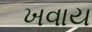
ખવાય